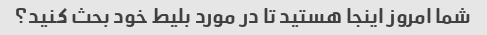
شما امروز اینجا هستید تا در مورد بلیط خود بحث کنید؟